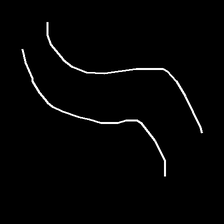
Glyph: float